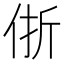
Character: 㑜